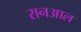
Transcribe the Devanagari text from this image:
रानआल